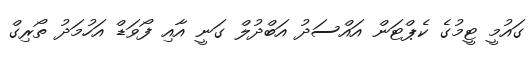
ގައުމީ ޓީމުގެ ކެޕްޓަން އައްސަދު އަބްދުލް ގަނީ އާއި ފޯވަޑް އަހުމަދު ތޯރިގް